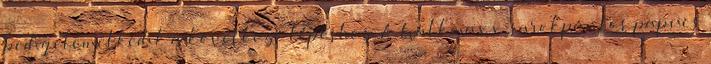
pedig elemelkedik a következő lépéshez. A Walkmaxx sarokpántos papucs